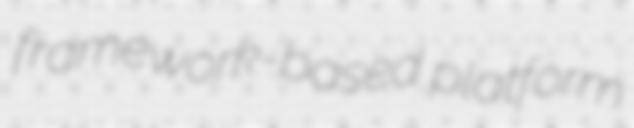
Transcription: framework-based platform